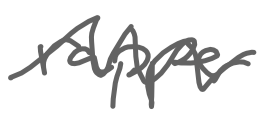
Text: rapper
Cross-out: zig-zag
Writing tool: digital_gray